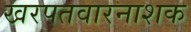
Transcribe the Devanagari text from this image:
खरपतवारनाशक